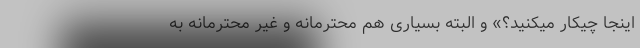
اینجا چیکار میکنید؟» و البته بسیاری هم محترمانه و غیر محترمانه به